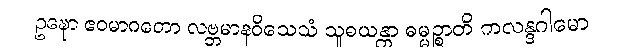
ဥဍ္ဎော ဧဝမာဂတော လဗ္ဘမာနဝိသေသံ သူစယန္တာ ဓမ္မဉ္စာတိ ကလန္ဒဂါမော